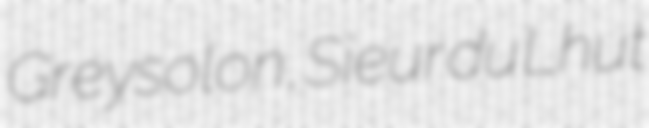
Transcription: Greysolon, Sieur du Lhut